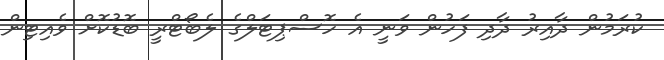
ކުރަމުން ދާއިރު ދާދި ފަހުން ވަނީ އެ ހޮސްޕިޓަލްގެ ލެބޯޓްރީ ބޮޑުކޮށް ވެއިޓިން